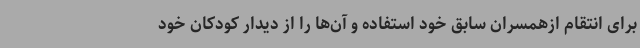
برای انتقام ازهمسران سابق خود استفاده و آن‌ها را از دیدار کودکان خود